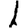
Digit: 1